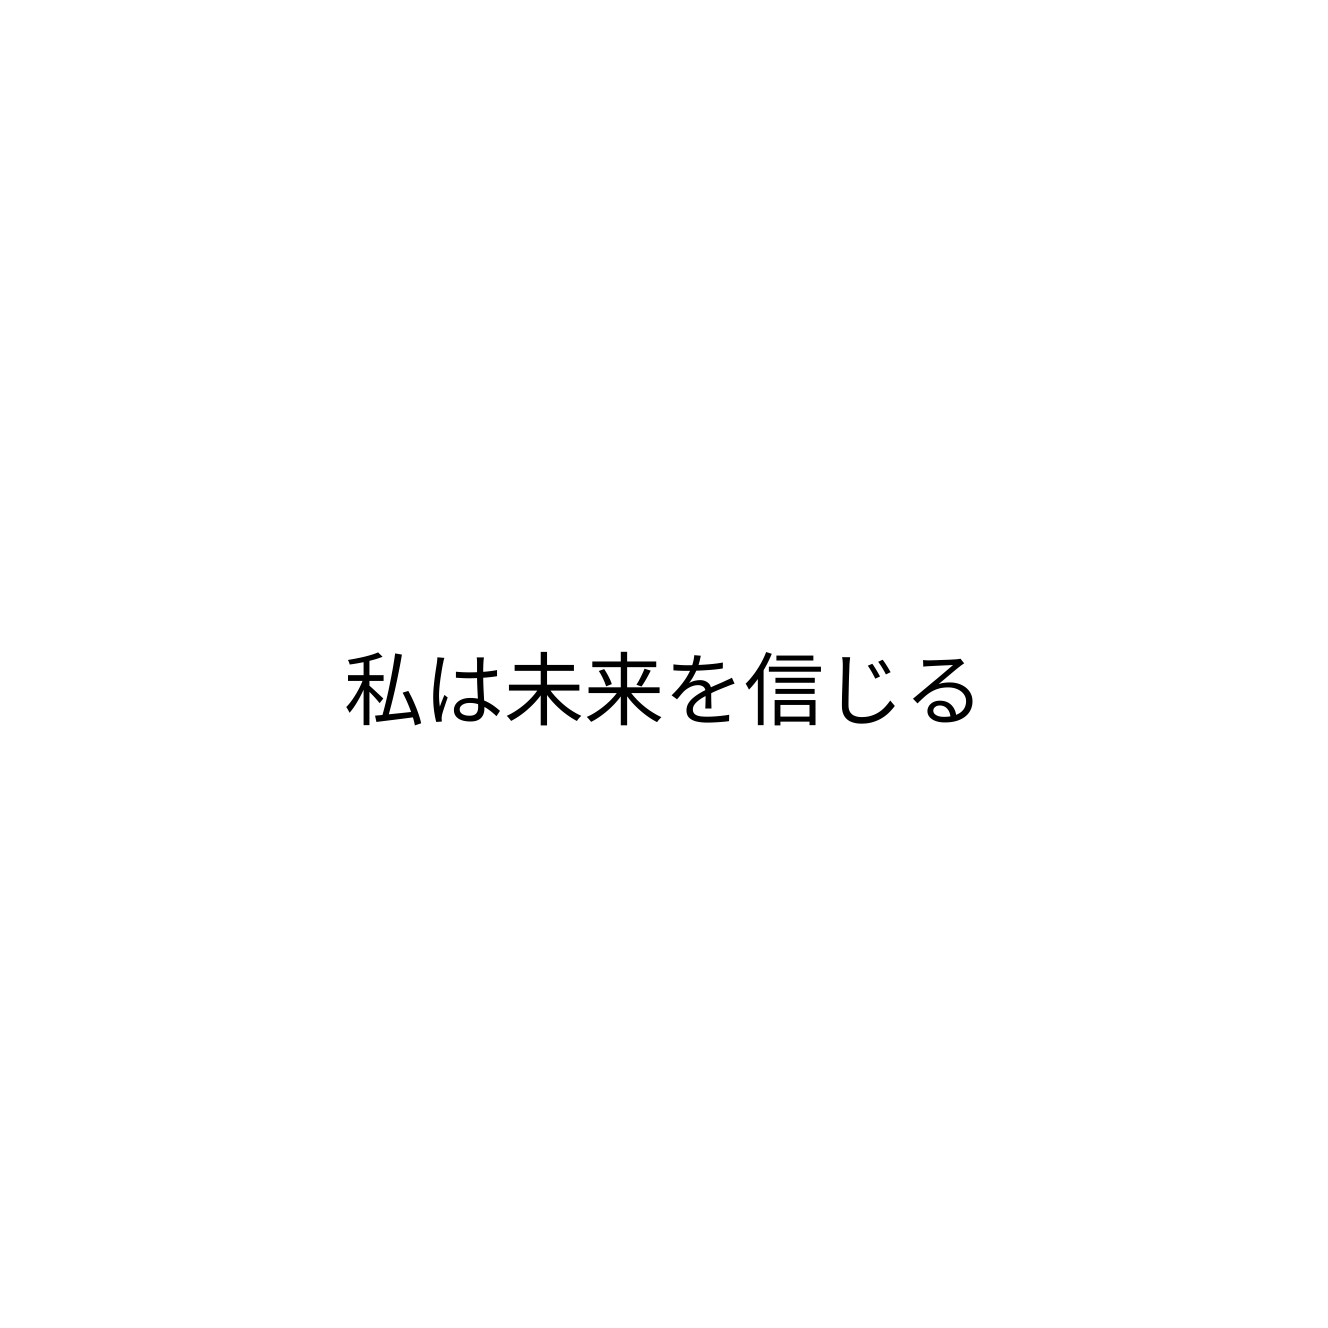
私は未来を信じる